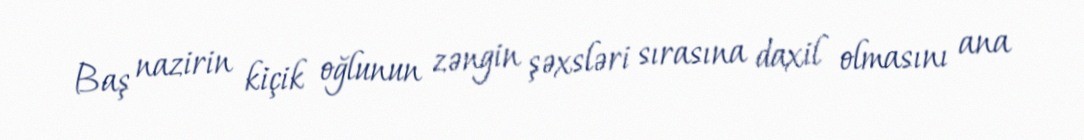
Baş nazirin kiçik oğlunun zəngin şəxsləri sırasına daxil olmasını ana